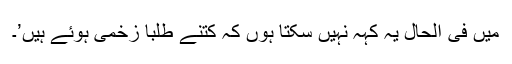
میں فی الحال یہ کہہ نہیں سکتا ہوں کہ کتنے طلبا زخمی ہوئے ہیں’۔